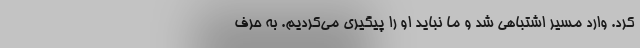
کرد. وارد مسیر اشتباهی شد و ما نباید او را پیگیری می‌کردیم. به حرف